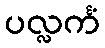
ပလ္လင်္ကံ